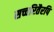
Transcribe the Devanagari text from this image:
सच्चरितैरपि